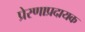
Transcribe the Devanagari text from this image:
प्रेरणाप्रदायक